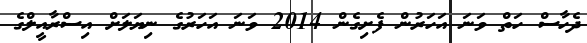
ދެހާސް ހަތް ވަނަ އަހަރުން ފެށިގެން 2014 ވަނަ އަހަރުގެ ނިޔަލަށް އިސްރާއީލްގެ